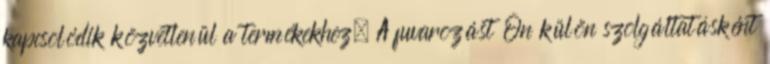
kapcsolódik közvetlenül a termékekhez. A fuvarozást Ön külön szolgáltatásként